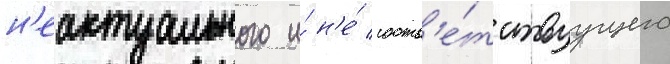
н'еактуального и́ н'е́ соотв'е́тствуущего